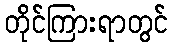
တိုင်ကြားရာတွင်